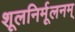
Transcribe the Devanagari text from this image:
शूलनिर्मूलनम्